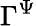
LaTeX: \Gamma^{\Psi}